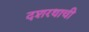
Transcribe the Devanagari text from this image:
दशरथाची